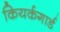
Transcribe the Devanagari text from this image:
कियर्कगार्ड